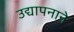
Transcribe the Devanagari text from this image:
उद्यापनाने